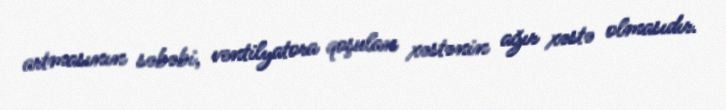
artmasının səbəbi, ventilyatora qoşulan xəstənin ağır xəstə olmasıdır.